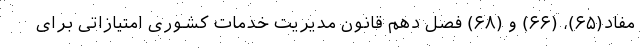
مفاد(۶۵)، (۶۶) و (۶۸) فصل دهم قانون مدیریت خدمات کشوری امتیازاتی برای